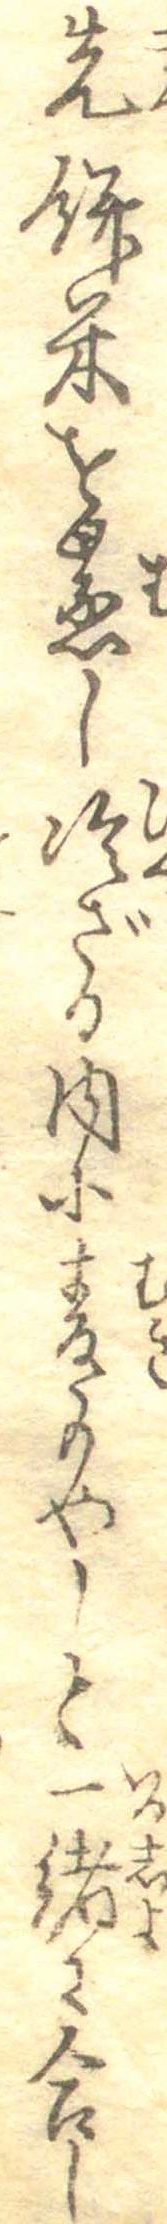
先餅米を蒸し冷ざる内に麦もやしと一緒に合し